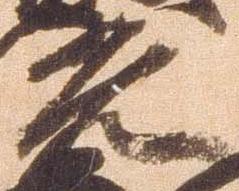
光